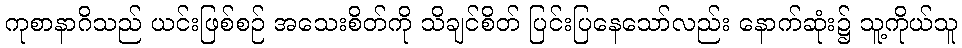
ကုစာနာဂိသည် ယင်းဖြစ်စဉ် အသေးစိတ်ကို သိချင်စိတ် ပြင်းပြနေသော်လည်း နောက်ဆုံး၌ သူ့ကိုယ်သူ